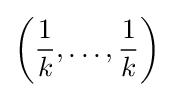
\left({\frac {1}{k}},\dots ,{\frac {1}{k}}\right)